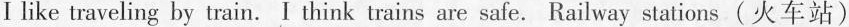
Ⅰ like traveling by train. I think trains are safe. Railway stations (火车站)